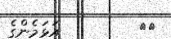
٦٨         އަޅަމެންގެ